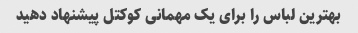
بهترین لباس را برای یک مهمانی کوکتل پیشنهاد دهید